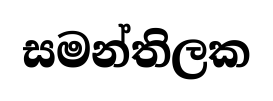
සමන්තිලක